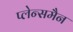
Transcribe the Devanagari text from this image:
प्लेन्समैन